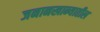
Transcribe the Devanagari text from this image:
जनानखान्यातील